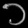
Digit: ၁